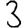
Digit: 3